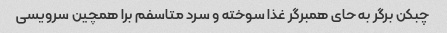
چبکن برگر به حای همبرگر غذا سوخته و سرد متاسفم برا همچین سرویسی